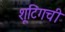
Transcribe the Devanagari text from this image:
शूटिंगची